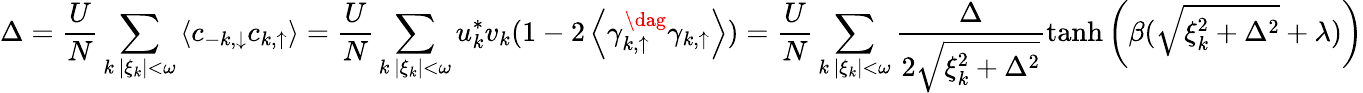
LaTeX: \Delta=\frac{U}{N}\sum_{\substack{k\, |\xi_{k}|<\omega}}\left\langle c_{-k,\downarrow}c_{k,\uparrow}\right\rangle=\frac{U}{N}\sum_{\substack{k\, |\xi_{k}|<\omega}}u_{k}^{*}v_{k}(1-2\left\langle\gamma_{k,\uparrow}^{\dag}\gamma_{k,\uparrow}\right\rangle)=\frac{U}{N}\sum_{\substack{k\, |\xi_{k}|<\omega}}\frac{\Delta}{2\sqrt{\xi_{k}^{2}+\Delta^{2}}}\operatorname{tanh}{\left(\beta(\sqrt{\xi_{k}^{2}+\Delta^{2}}+\lambda)\right)}